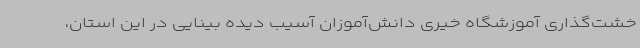
خشت‌گذاری آموزشگاه خیری دانش‌آموزان آسیب دیده بینایی در این استان،